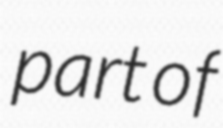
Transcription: part of